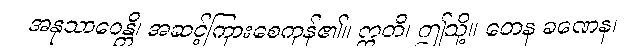
အနုသာဝေန္တိ၊ အဆင့်ကြားစေကုန်၏။ ဣတိ၊ ဤသို့။ တေန ခဏေန၊